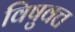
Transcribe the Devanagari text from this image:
विषुवत्त